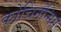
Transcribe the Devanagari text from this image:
कोचिनेन्सिस